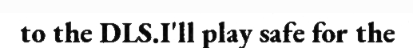
to the DLS.I'll play safe for the